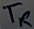
Text: TR